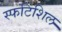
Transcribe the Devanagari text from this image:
स्फटिशिल